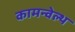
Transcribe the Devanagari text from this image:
कामन्वेल्थ